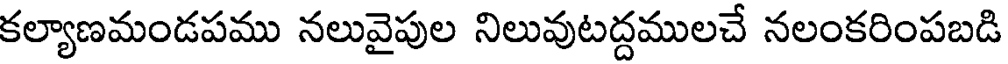
కల్యాణమండపము నలువైపుల నిలువుటద్దములచే నలంకరింపబడి